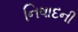
નિષાદની